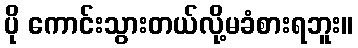
ပို ကောင်းသွားတယ်လို့မခံစားရဘူး။